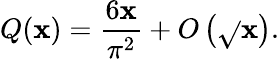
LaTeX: Q(\mathbf{x})={\frac{{6\mathbf{x}}}{{\pi^{2}}}}+O\left({\sqrt{}{{\mathbf{x}}}}\right).